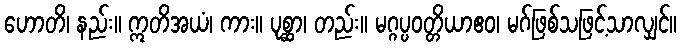
ဟောတိ၊ နည်း။ ဣတိအယံ၊ ကား။ ပုစ္ဆာ၊ တည်း။ မဂ္ဂပ္ပဝတ္တိယာဧဝ၊ မဂ်ဖြစ်သဖြင့်သာလျှင်။